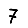
Digit: 7